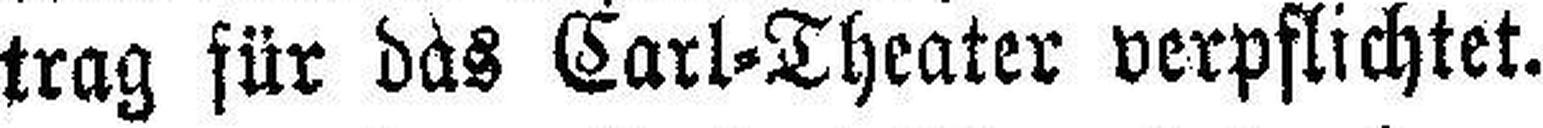
trag für das Carl=Theater verpflichtet.